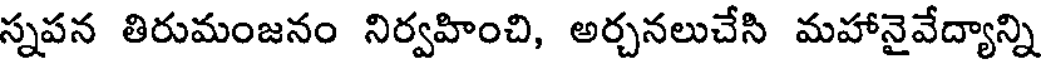
స్నపన తిరుమంజనం నిర్వహించి, అర్చనలుచేసి మహానైవేద్యాన్ని